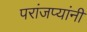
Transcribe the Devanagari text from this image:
परांजप्यांनी